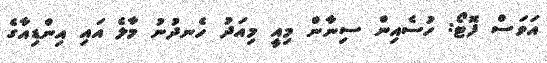
އަވަސް ފޮޓޯ: ހުސެއިން ސިނާން މިއީ މިއަދު ހެނދުނު މާލެ އައި އިންޑިއާގެ